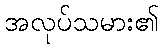
အလုပ်သမား၏